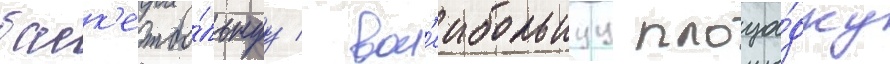
баск'етбо́льнуу / вол'еибольнуу площа́дку